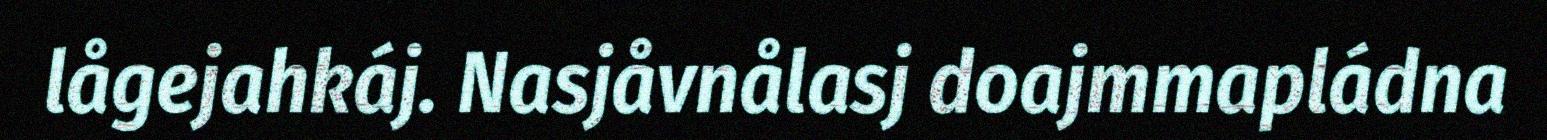
lågejahkáj. Nasjåvnålasj doajmmapládna